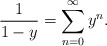
\begin{align*}\frac{1}{1-y} = \sum_{n=0}^\infty y^n.\end{align*}